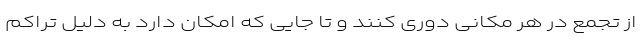
از تجمع در هر مکانی دوری کنند و تا جایی که امکان دارد به دلیل تراکم